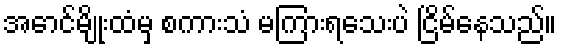
အောင်မျိုးထံမှ စကားသံ မကြားရသေးပဲ ငြိမ်နေသည်။